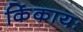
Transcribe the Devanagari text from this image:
किंकायः